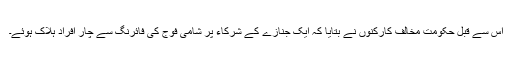
اس سے قبل حکومت مخالف کارکنوں نے بتایا کہ ایک جنازے کے شرکاء پر شامی فوج کی فائرنگ سے چار افراد ہلاک ہوئے۔